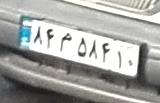
۸۴م۵۸۴۱۰